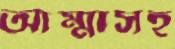
আম্মাসহ